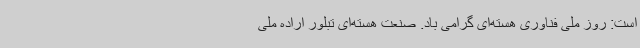
است: روز ملی فناوری هسته‌ای گرامی باد. صنعت هسته‌ای تبلور اراده ملی